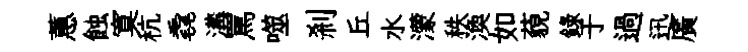
蕙蝕寞秔毳溝罵噬剎丘水濛秩渙如藐録于過迅廣